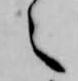
之